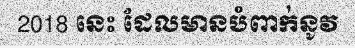
2018 នេះ ដែលមានបំពាក់នូវ